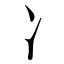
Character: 冫